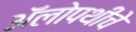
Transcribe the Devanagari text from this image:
अॅलोपथीचे